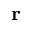
{ \bf r }